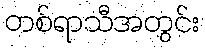
တစ်ရာသီအတွင်း